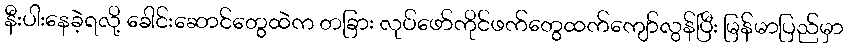
နီးပါးနေခဲ့ရလို့ ခေါင်းဆောင်တွေထဲက တခြား လုပ်ဖော်ကိုင်ဖက်တွေထက်ကျော်လွန်ပြီး မြန်မာပြည်မှာ